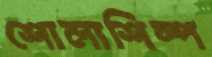
শোলাশিল্প